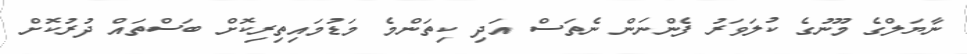
ނާޔަލްގެ މޫނުގެ ކުލަވަރު ފެންނަން ނެތަސް އަދި ކިތަންމެ މަޑުމައިތިރިކޮށް ބަސްތައް ދުރުކޮށް